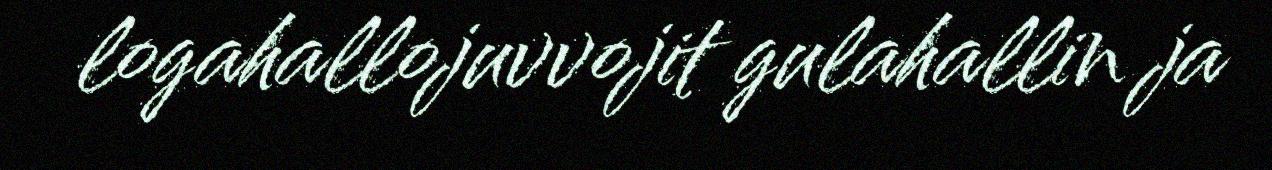
logahallojuvvojit gulahallin ja